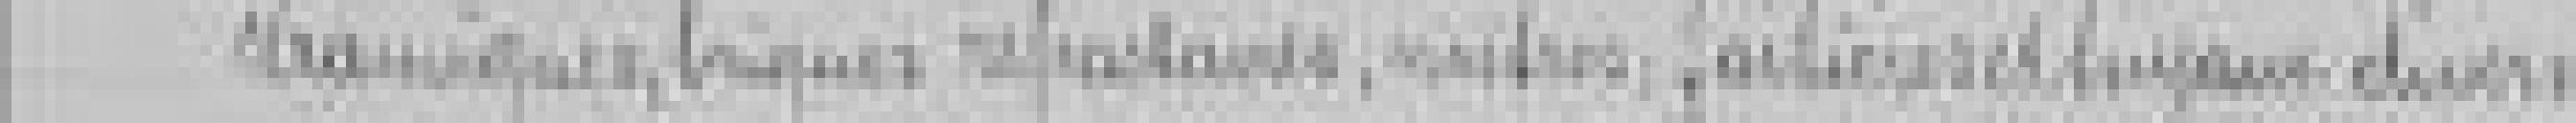
céramiques, réfractaires, ??? forestières et tuyaux divers